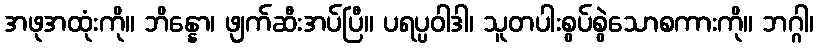
အဖုအထုံးကို။ ဘိန္နော၊ ဖျက်ဆီးအပ်ပြီ။ ပရပ္ပဝါဒါ၊ သူတပါးစွပ်စွဲသောစကားကို။ ဘဂ္ဂါ၊